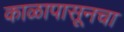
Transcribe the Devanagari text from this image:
काळापासूनचा